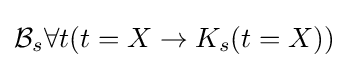
{\mathcal {B}}_{s}\forall t(t=X\rightarrow K_{s}(t=X))